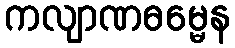
ကလျာဏဓမ္မေန